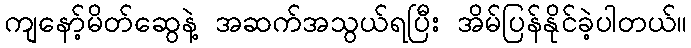
ကျနော့်မိတ်ဆွေနဲ့ အဆက်အသွယ်ရပြီး အိမ်ပြန်နိုင်ခဲ့ပါတယ်။